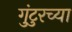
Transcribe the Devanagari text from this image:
गुंटुरच्या